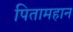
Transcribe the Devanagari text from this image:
पितामहान